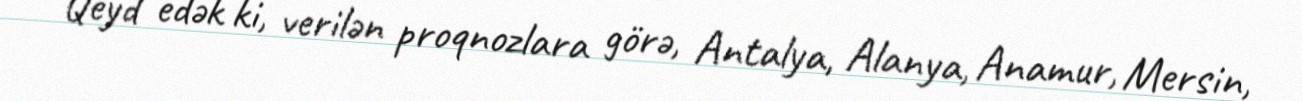
Qeyd edək ki, verilən proqnozlara görə, Antalya, Alanya, Anamur, Mersin,